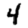
Digit: 4